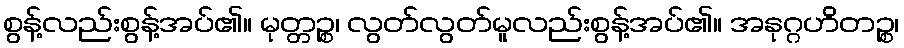
စွန့်လည်းစွန့်အပ်၏။ မုတ္တဉ္စ၊ လွတ်လွတ်မူလည်းစွန့်အပ်၏။ အနုဂ္ဂဟိတဉ္စ၊